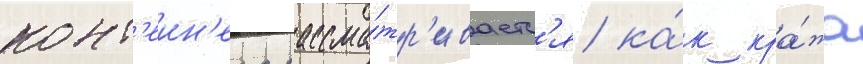
конт'еин'ера рассма́тр'иваетс'я ка́к кра́жа